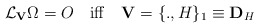
\begin{align*}{\cal L}_{{\bf V}}\Omega = O\quad {\rm iff}\quad {\bf V}=\{.,H\}_1 \equiv {\bf D}_{H} \end{align*}